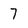
Character: 7